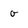
Character: o